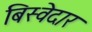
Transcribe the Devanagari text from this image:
बिस्‍वेदार